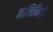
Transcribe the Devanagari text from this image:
कामिनियों